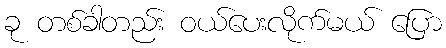
ခု တစ်ခါတည်း ဝယ်ပေးလိုက်မယ် ပြော